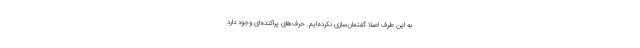
به این طرف اصلاً گفتمان‌سازی نکرده‌ایم. حرف‌های پراکنده‌ای وجود دارد